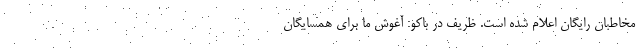
مخاطبان رایگان اعلام شده است. ظریف در باکو: آغوش ما برای همسایگان